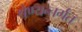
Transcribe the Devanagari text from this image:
श्रेण्यन्तर्गत